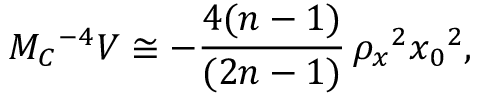
M _ { C } { } ^ { - 4 } V \cong - \frac { 4 ( n - 1 ) } { ( 2 n - 1 ) } \, \rho _ { x } { } ^ { 2 } x _ { 0 } { } ^ { 2 } ,